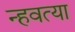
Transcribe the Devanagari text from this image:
न्हवत्या